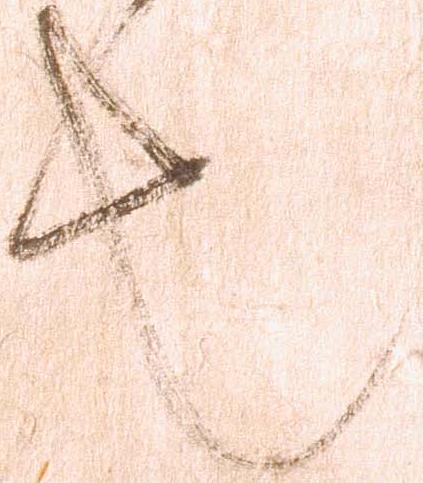
也